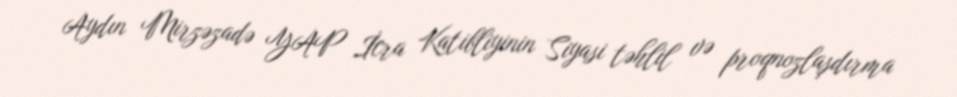
Aydın Mirzəzadə YAP İcra Katibliyinin Siyasi təhlil və proqnozlaşdırma